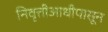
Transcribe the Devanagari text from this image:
निवृत्तीआधीपासून